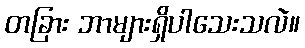
တခြား ဘာများရှိပါသေးသလဲ။